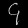
Digit: ၄